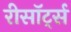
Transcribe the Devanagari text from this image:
रीसॉर्ट्स